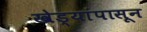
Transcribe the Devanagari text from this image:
खेड्यांपासून